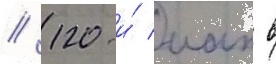
// 120-и́ иап в